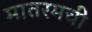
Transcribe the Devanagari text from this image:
मातरमची